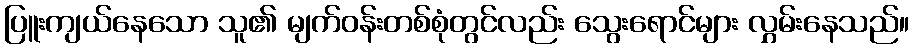
ပြူးကျယ်နေသော သူ၏ မျက်ဝန်းတစ်စုံတွင်လည်း သွေးရောင်များ လွှမ်းနေသည်။